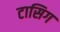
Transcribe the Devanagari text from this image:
टासिग